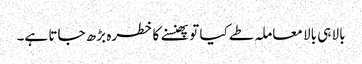
بالا ہی بالا معاملہ طے کیا تو پھنسنے کا خطرہ بڑھ جاتا ہے۔